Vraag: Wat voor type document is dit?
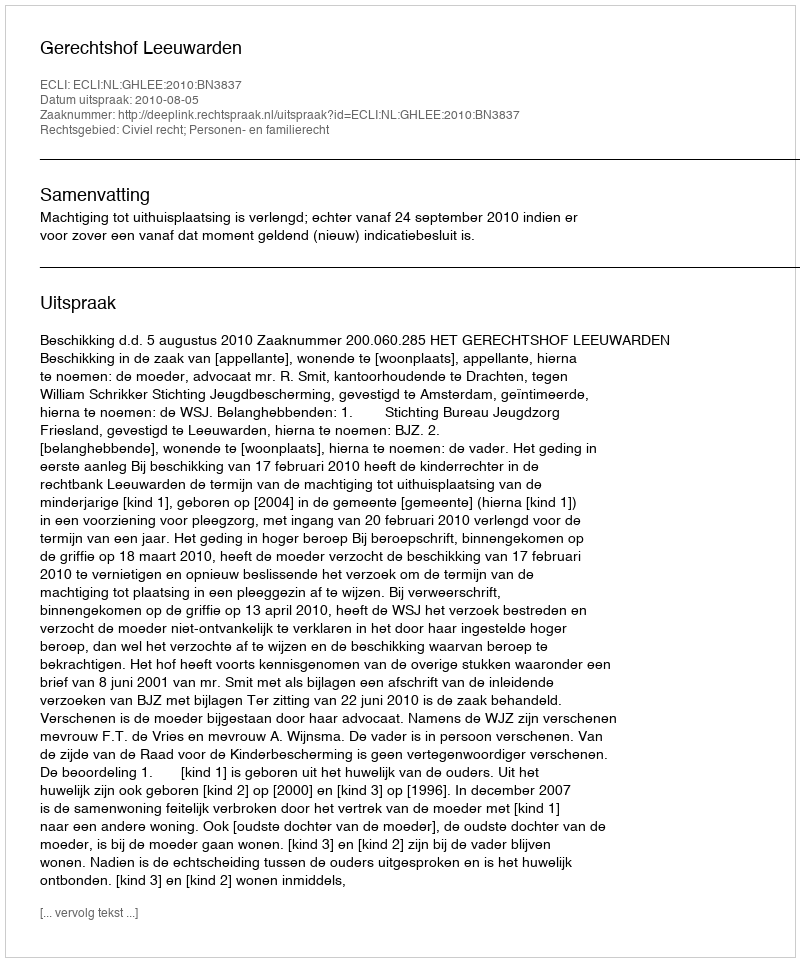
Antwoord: Uitspraak